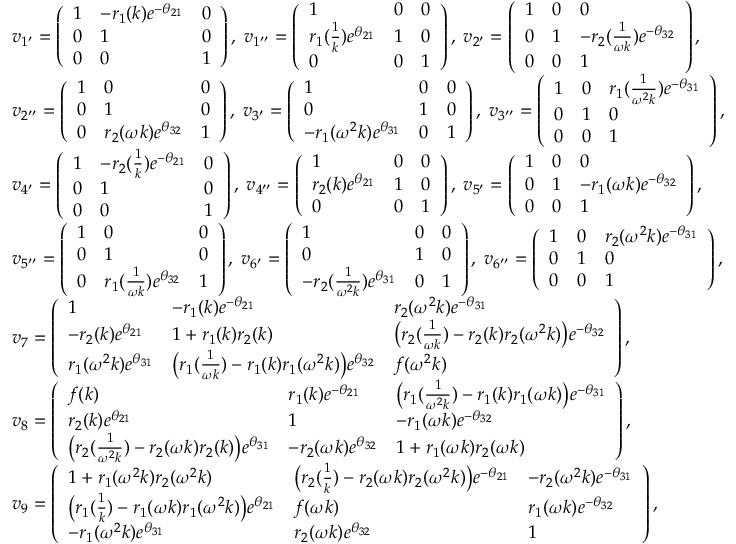
\begin{array} { r l } & { v _ { 1 ^ { \prime } } = \left( \begin{array} { l l l } { 1 } & { - r _ { 1 } ( k ) e ^ { - \theta _ { 2 1 } } } & { 0 } \\ { 0 } & { 1 } & { 0 } \\ { 0 } & { 0 } & { 1 } \end{array} \right) , \; v _ { 1 ^ { \prime \prime } } = \left( \begin{array} { l l l } { 1 } & { 0 } & { 0 } \\ { r _ { 1 } ( \frac { 1 } { k } ) e ^ { \theta _ { 2 1 } } } & { 1 } & { 0 } \\ { 0 } & { 0 } & { 1 } \end{array} \right) , \; v _ { 2 ^ { \prime } } = \left( \begin{array} { l l l } { 1 } & { 0 } & { 0 } \\ { 0 } & { 1 } & { - r _ { 2 } ( \frac { 1 } { \omega k } ) e ^ { - \theta _ { 3 2 } } } \\ { 0 } & { 0 } & { 1 } \end{array} \right) , } \\ & { v _ { 2 ^ { \prime \prime } } = \left( \begin{array} { l l l } { 1 } & { 0 } & { 0 } \\ { 0 } & { 1 } & { 0 } \\ { 0 } & { r _ { 2 } ( \omega k ) e ^ { \theta _ { 3 2 } } } & { 1 } \end{array} \right) , \; v _ { 3 ^ { \prime } } = \left( \begin{array} { l l l } { 1 } & { 0 } & { 0 } \\ { 0 } & { 1 } & { 0 } \\ { - r _ { 1 } ( \omega ^ { 2 } k ) e ^ { \theta _ { 3 1 } } } & { 0 } & { 1 } \end{array} \right) , \; v _ { 3 ^ { \prime \prime } } = \left( \begin{array} { l l l } { 1 } & { 0 } & { r _ { 1 } ( \frac { 1 } { \omega ^ { 2 } k } ) e ^ { - \theta _ { 3 1 } } } \\ { 0 } & { 1 } & { 0 } \\ { 0 } & { 0 } & { 1 } \end{array} \right) , } \\ & { v _ { 4 ^ { \prime } } = \left( \begin{array} { l l l } { 1 } & { - r _ { 2 } ( \frac { 1 } { k } ) e ^ { - \theta _ { 2 1 } } } & { 0 } \\ { 0 } & { 1 } & { 0 } \\ { 0 } & { 0 } & { 1 } \end{array} \right) , \; v _ { 4 ^ { \prime \prime } } = \left( \begin{array} { l l l } { 1 } & { 0 } & { 0 } \\ { r _ { 2 } ( k ) e ^ { \theta _ { 2 1 } } } & { 1 } & { 0 } \\ { 0 } & { 0 } & { 1 } \end{array} \right) , \; v _ { 5 ^ { \prime } } = \left( \begin{array} { l l l } { 1 } & { 0 } & { 0 } \\ { 0 } & { 1 } & { - r _ { 1 } ( \omega k ) e ^ { - \theta _ { 3 2 } } } \\ { 0 } & { 0 } & { 1 } \end{array} \right) , } \\ & { v _ { 5 ^ { \prime \prime } } = \left( \begin{array} { l l l } { 1 } & { 0 } & { 0 } \\ { 0 } & { 1 } & { 0 } \\ { 0 } & { r _ { 1 } ( \frac { 1 } { \omega k } ) e ^ { \theta _ { 3 2 } } } & { 1 } \end{array} \right) , \; v _ { 6 ^ { \prime } } = \left( \begin{array} { l l l } { 1 } & { 0 } & { 0 } \\ { 0 } & { 1 } & { 0 } \\ { - r _ { 2 } ( \frac { 1 } { \omega ^ { 2 } k } ) e ^ { \theta _ { 3 1 } } } & { 0 } & { 1 } \end{array} \right) , \; v _ { 6 ^ { \prime \prime } } = \left( \begin{array} { l l l } { 1 } & { 0 } & { r _ { 2 } ( \omega ^ { 2 } k ) e ^ { - \theta _ { 3 1 } } } \\ { 0 } & { 1 } & { 0 } \\ { 0 } & { 0 } & { 1 } \end{array} \right) , } \\ & { v _ { 7 } = \left( \begin{array} { l l l } { 1 } & { - r _ { 1 } ( k ) e ^ { - \theta _ { 2 1 } } } & { r _ { 2 } ( \omega ^ { 2 } k ) e ^ { - \theta _ { 3 1 } } } \\ { - r _ { 2 } ( k ) e ^ { \theta _ { 2 1 } } } & { 1 + r _ { 1 } ( k ) r _ { 2 } ( k ) } & { \big ( r _ { 2 } ( \frac { 1 } { \omega k } ) - r _ { 2 } ( k ) r _ { 2 } ( \omega ^ { 2 } k ) \big ) e ^ { - \theta _ { 3 2 } } } \\ { r _ { 1 } ( \omega ^ { 2 } k ) e ^ { \theta _ { 3 1 } } } & { \big ( r _ { 1 } ( \frac { 1 } { \omega k } ) - r _ { 1 } ( k ) r _ { 1 } ( \omega ^ { 2 } k ) \big ) e ^ { \theta _ { 3 2 } } } & { f ( \omega ^ { 2 } k ) } \end{array} \right) , } \\ & { v _ { 8 } = \left( \begin{array} { l l l } { f ( k ) } & { r _ { 1 } ( k ) e ^ { - \theta _ { 2 1 } } } & { \big ( r _ { 1 } ( \frac { 1 } { \omega ^ { 2 } k } ) - r _ { 1 } ( k ) r _ { 1 } ( \omega k ) \big ) e ^ { - \theta _ { 3 1 } } } \\ { r _ { 2 } ( k ) e ^ { \theta _ { 2 1 } } } & { 1 } & { - r _ { 1 } ( \omega k ) e ^ { - \theta _ { 3 2 } } } \\ { \big ( r _ { 2 } ( \frac { 1 } { \omega ^ { 2 } k } ) - r _ { 2 } ( \omega k ) r _ { 2 } ( k ) \big ) e ^ { \theta _ { 3 1 } } } & { - r _ { 2 } ( \omega k ) e ^ { \theta _ { 3 2 } } } & { 1 + r _ { 1 } ( \omega k ) r _ { 2 } ( \omega k ) } \end{array} \right) , } \\ & { v _ { 9 } = \left( \begin{array} { l l l } { 1 + r _ { 1 } ( \omega ^ { 2 } k ) r _ { 2 } ( \omega ^ { 2 } k ) } & { \big ( r _ { 2 } ( \frac { 1 } { k } ) - r _ { 2 } ( \omega k ) r _ { 2 } ( \omega ^ { 2 } k ) \big ) e ^ { - \theta _ { 2 1 } } } & { - r _ { 2 } ( \omega ^ { 2 } k ) e ^ { - \theta _ { 3 1 } } } \\ { \big ( r _ { 1 } ( \frac { 1 } { k } ) - r _ { 1 } ( \omega k ) r _ { 1 } ( \omega ^ { 2 } k ) \big ) e ^ { \theta _ { 2 1 } } } & { f ( \omega k ) } & { r _ { 1 } ( \omega k ) e ^ { - \theta _ { 3 2 } } } \\ { - r _ { 1 } ( \omega ^ { 2 } k ) e ^ { \theta _ { 3 1 } } } & { r _ { 2 } ( \omega k ) e ^ { \theta _ { 3 2 } } } & { 1 } \end{array} \right) , } \end{array}